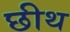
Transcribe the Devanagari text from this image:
छीथ